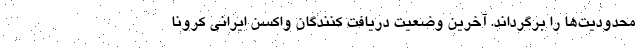
محدودیت‌ها را برگرداند. آخرین وضعیت دریافت کنندگان واکسن ایرانی کرونا